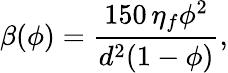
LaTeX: \beta(\phi)=\frac{150\, \eta_{f}\phi^{2}}{d^{2}(1-\phi)},